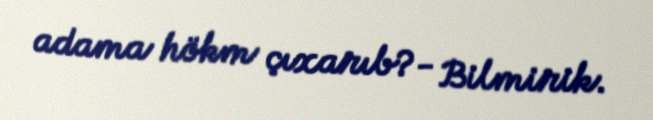
adama hökm çıxarıb?- Bilmirik.